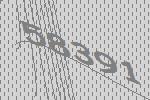
58391